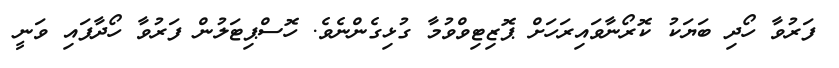
ފަރުވާ ހޯދި ބަޔަކު ކޮރޯނާވައިރަހަށް ޕޮޒިޓިވްވުމާ ގުޅިގެންނެވެ. ހޮސްޕިޓަލުން ފަރުވާ ހޯދާފައި ވަނީ